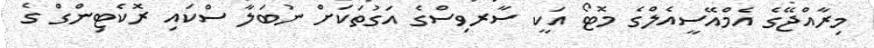
މިރާއްޖޭގެ އެމްއޭސީއެލްގެ މޮޓޯ އަކީ ސާރވިސްގެ އަގުތަކަށް ނުބަލާ ސްކައި ރޮކެޓިންގް ގެ